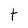
Character: t